Treatise on elephants
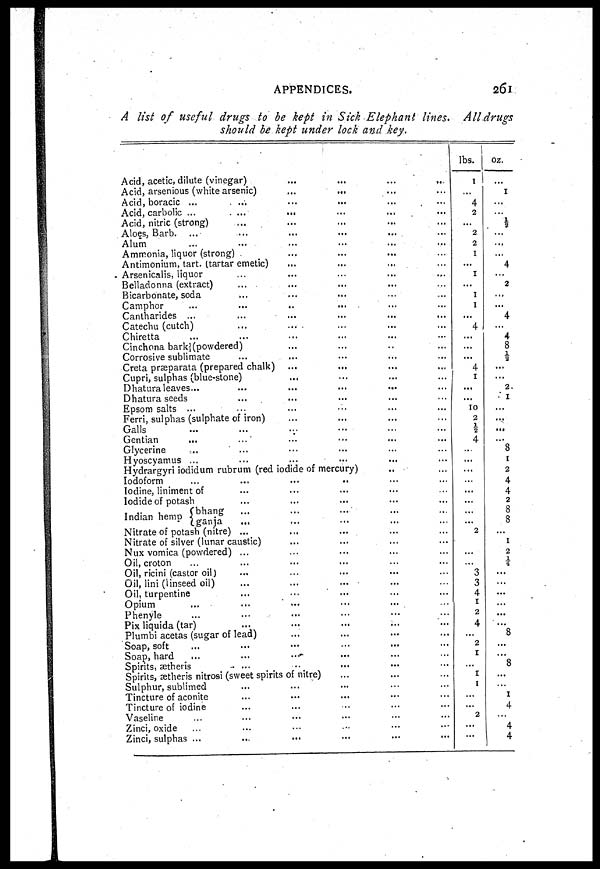
APPENDICES.
261
A list of useful drugs to be kept in Sick Elephant lines. All drugs
should be kept under lock and key.
Acid, acetic, dilute (vinegar)
Acid, arsenious (white arsenic)
...
...
Acid, boracic ...
Acid, carbolic ...
...
...
Acid, nitric (strong)
Aloes, Barb.
Alum
Ammonia, liquor (strong)
Antimonium, tart. (tartar emetic)
Arsenicalis, liquor
Belladonna (extract)
Bicarbonate, soda
Camphor
...
...
...
Cantharides ...
Catechu (cutch)
Chiretta
Cinchona bark (powdered)
Corrosive sublimate
Creta præparata (prepared chalk)
Cupri, sulphas (blue-stone)
Dhatura leaves...
Dhatura seeds
Epsom salts ...
Ferri, sulphas (sulphate of iron)
Galls
Gentian
Glycerine
Hyoscyamus ...
Hydrargyri iodidum rubrum (red iodide of mercury)
Iodoform
Iodine, liniment of
Iodide of potash
Indian hemp bhang ganja
Nitrate of potash (nitre) ...
Nitrate of silver (lunar caustic)
Nux vomica (powdered) ...
Oil, croton
Oil, ricini (cast or oil)
Oil, lini (linseed oil)
Oil, turpentine
Opium
Phenyle
Pix liquida (tar)
Plumbi acetas (sugar of lead)
Soap, soft
Soap, hard
Spirits, ætheris
Spirits, ætheris nitrosi (sweet spirits of nitre)
Sulphur, sublimed
Tincture of aconite
Tincture of iodine
Vaseline
Zinci, oxide
Zinci, sulphas ...
...
...
...
...
...
...
...
...
...
...
...
...
...
...
...
...
...
...
...
...
...
...
...
...
...
...
...
...
...
...
...
...
...
...
...
...
...
...
...
...
...
...
...
...
...
...
...
...
...
...
...
...
...
...
...
...
...
...
...
...
...
...
...
...
...
...
...
...
...
...
...
...
...
...
...
...
...
...
...
...
...
...
...
...
...
...
...
...
...
...
...
...
...
...
...
...
...
...
...
...
...
...
...
...
...
...
...
...
lbs.
1
...
4
2
...
2
2
1
...
1
...
1
1
...
4
...
...
...
4
1
...
...
10
2
2
4
...
...
...
...
...
...
...
2
...
...
...
3
3
4
1
2
4
...
2
1
...
1
1
...
...
2
...
...
oz.
...
1
...
...
⅛ ...
...
...
4
...
2
...
...
4
...
4
8
1/2
...
...
2
1
...
...
...
...
8
1
2
4
4
2
8
8
...
1
2
¼
...
...
...
...
...
...
8
...
...
8
...
...
1
4
...
4
4